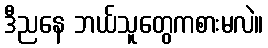
ဒီညနေ ဘယ်သူတွေကစားမလဲ။